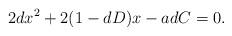
LaTeX: \begin{align*}2 d x^{2} + 2 (1 - d D) x - a d C = 0.\end{align*}